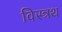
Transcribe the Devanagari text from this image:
विस्त्रथ